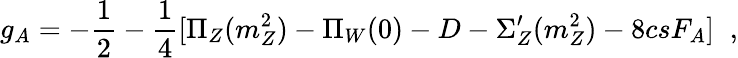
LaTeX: g_{A}=-\frac{1}{2}-\frac{1}{4}[\Pi_{Z}(m_{Z}^{2})-\Pi_{W}(0)-D-\Sigma_{Z}^{\prime}(m_{Z}^{2})-8csF_{A}]\; \; ,